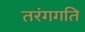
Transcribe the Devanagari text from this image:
तरंगगति